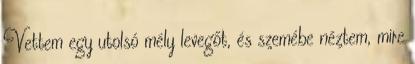
Vettem egy utolsó mély levegőt, és szemébe néztem, mire